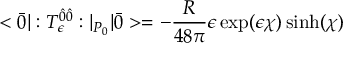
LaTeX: < \bar { 0 } | : T _ { \epsilon } ^ { \hat { 0 } \hat { 0 } } : | _ { P _ { 0 } } | \bar { 0 } > = - \frac { R } { 4 8 \pi } \epsilon \exp ( \epsilon \chi ) \sinh ( \chi )